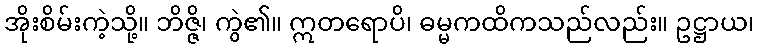
အိုးစိမ်းကဲ့သို့။ ဘိဇ္ဇိ၊ ကွဲ၏။ ဣတရောပိ၊ ဓမ္မကထိကသည်လည်း။ ဥဋ္ဌာယ၊